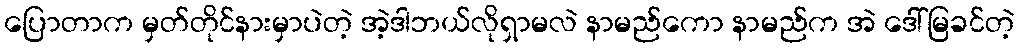
ပြောတာက မှတ်တိုင်နားမှာပဲတဲ့ အဲ့ဒါဘယ်လိုရှာမလဲ နာမည်ကော နာမည်က အဲ ဒေါ်မြခင်တဲ့